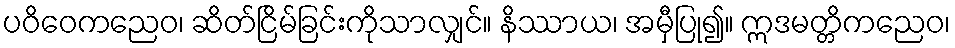
ပဝိဝေကညေဝ၊ ဆိတ်ငြိမ်ခြင်းကိုသာလျှင်။ နိဿာယ၊ အမှီပြု၍။ ဣဒမတ္တိကညေဝ၊